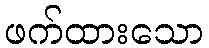
ဖက်ထားသော